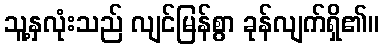
သူ့နှလုံးသည် လျင်မြန်စွာ ခုန်လျက်ရှိ၏။